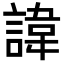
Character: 諱